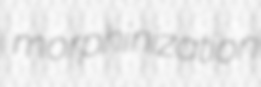
morphinization